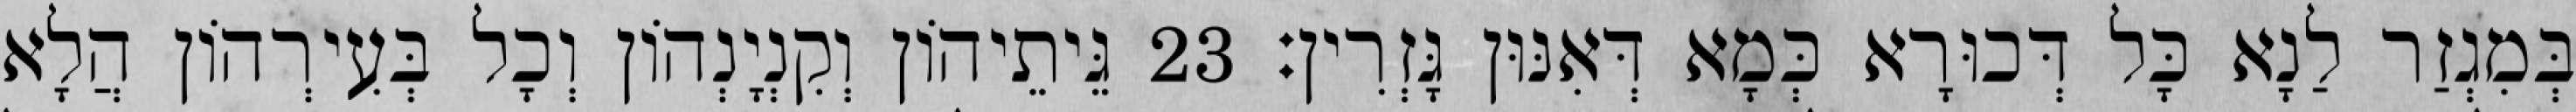
בְּמִגְזַר לַנָא כָּל דְּכוּרָא כְּמָא דְּאִנּוּן גָּזְרִין׃ 23 גֵּיתֵיהוֹן וְקִנְיָנְהוֹן וְכָל בְּעִירְהוֹן הֲלָא